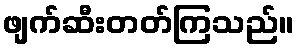
ဖျက်ဆီးတတ်ကြသည်။